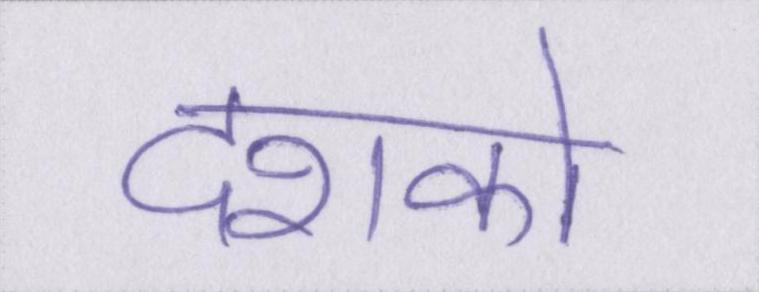
दशको